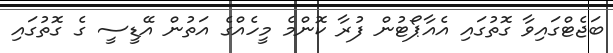
ބަޖެޓްގައިވާ ގޮތުގައި އެއާޕޯޓުން ފުރާ ކޮންމެ މީހެއްގެ އަތުން އޭޑީސީ ގެ ގޮތުގައި